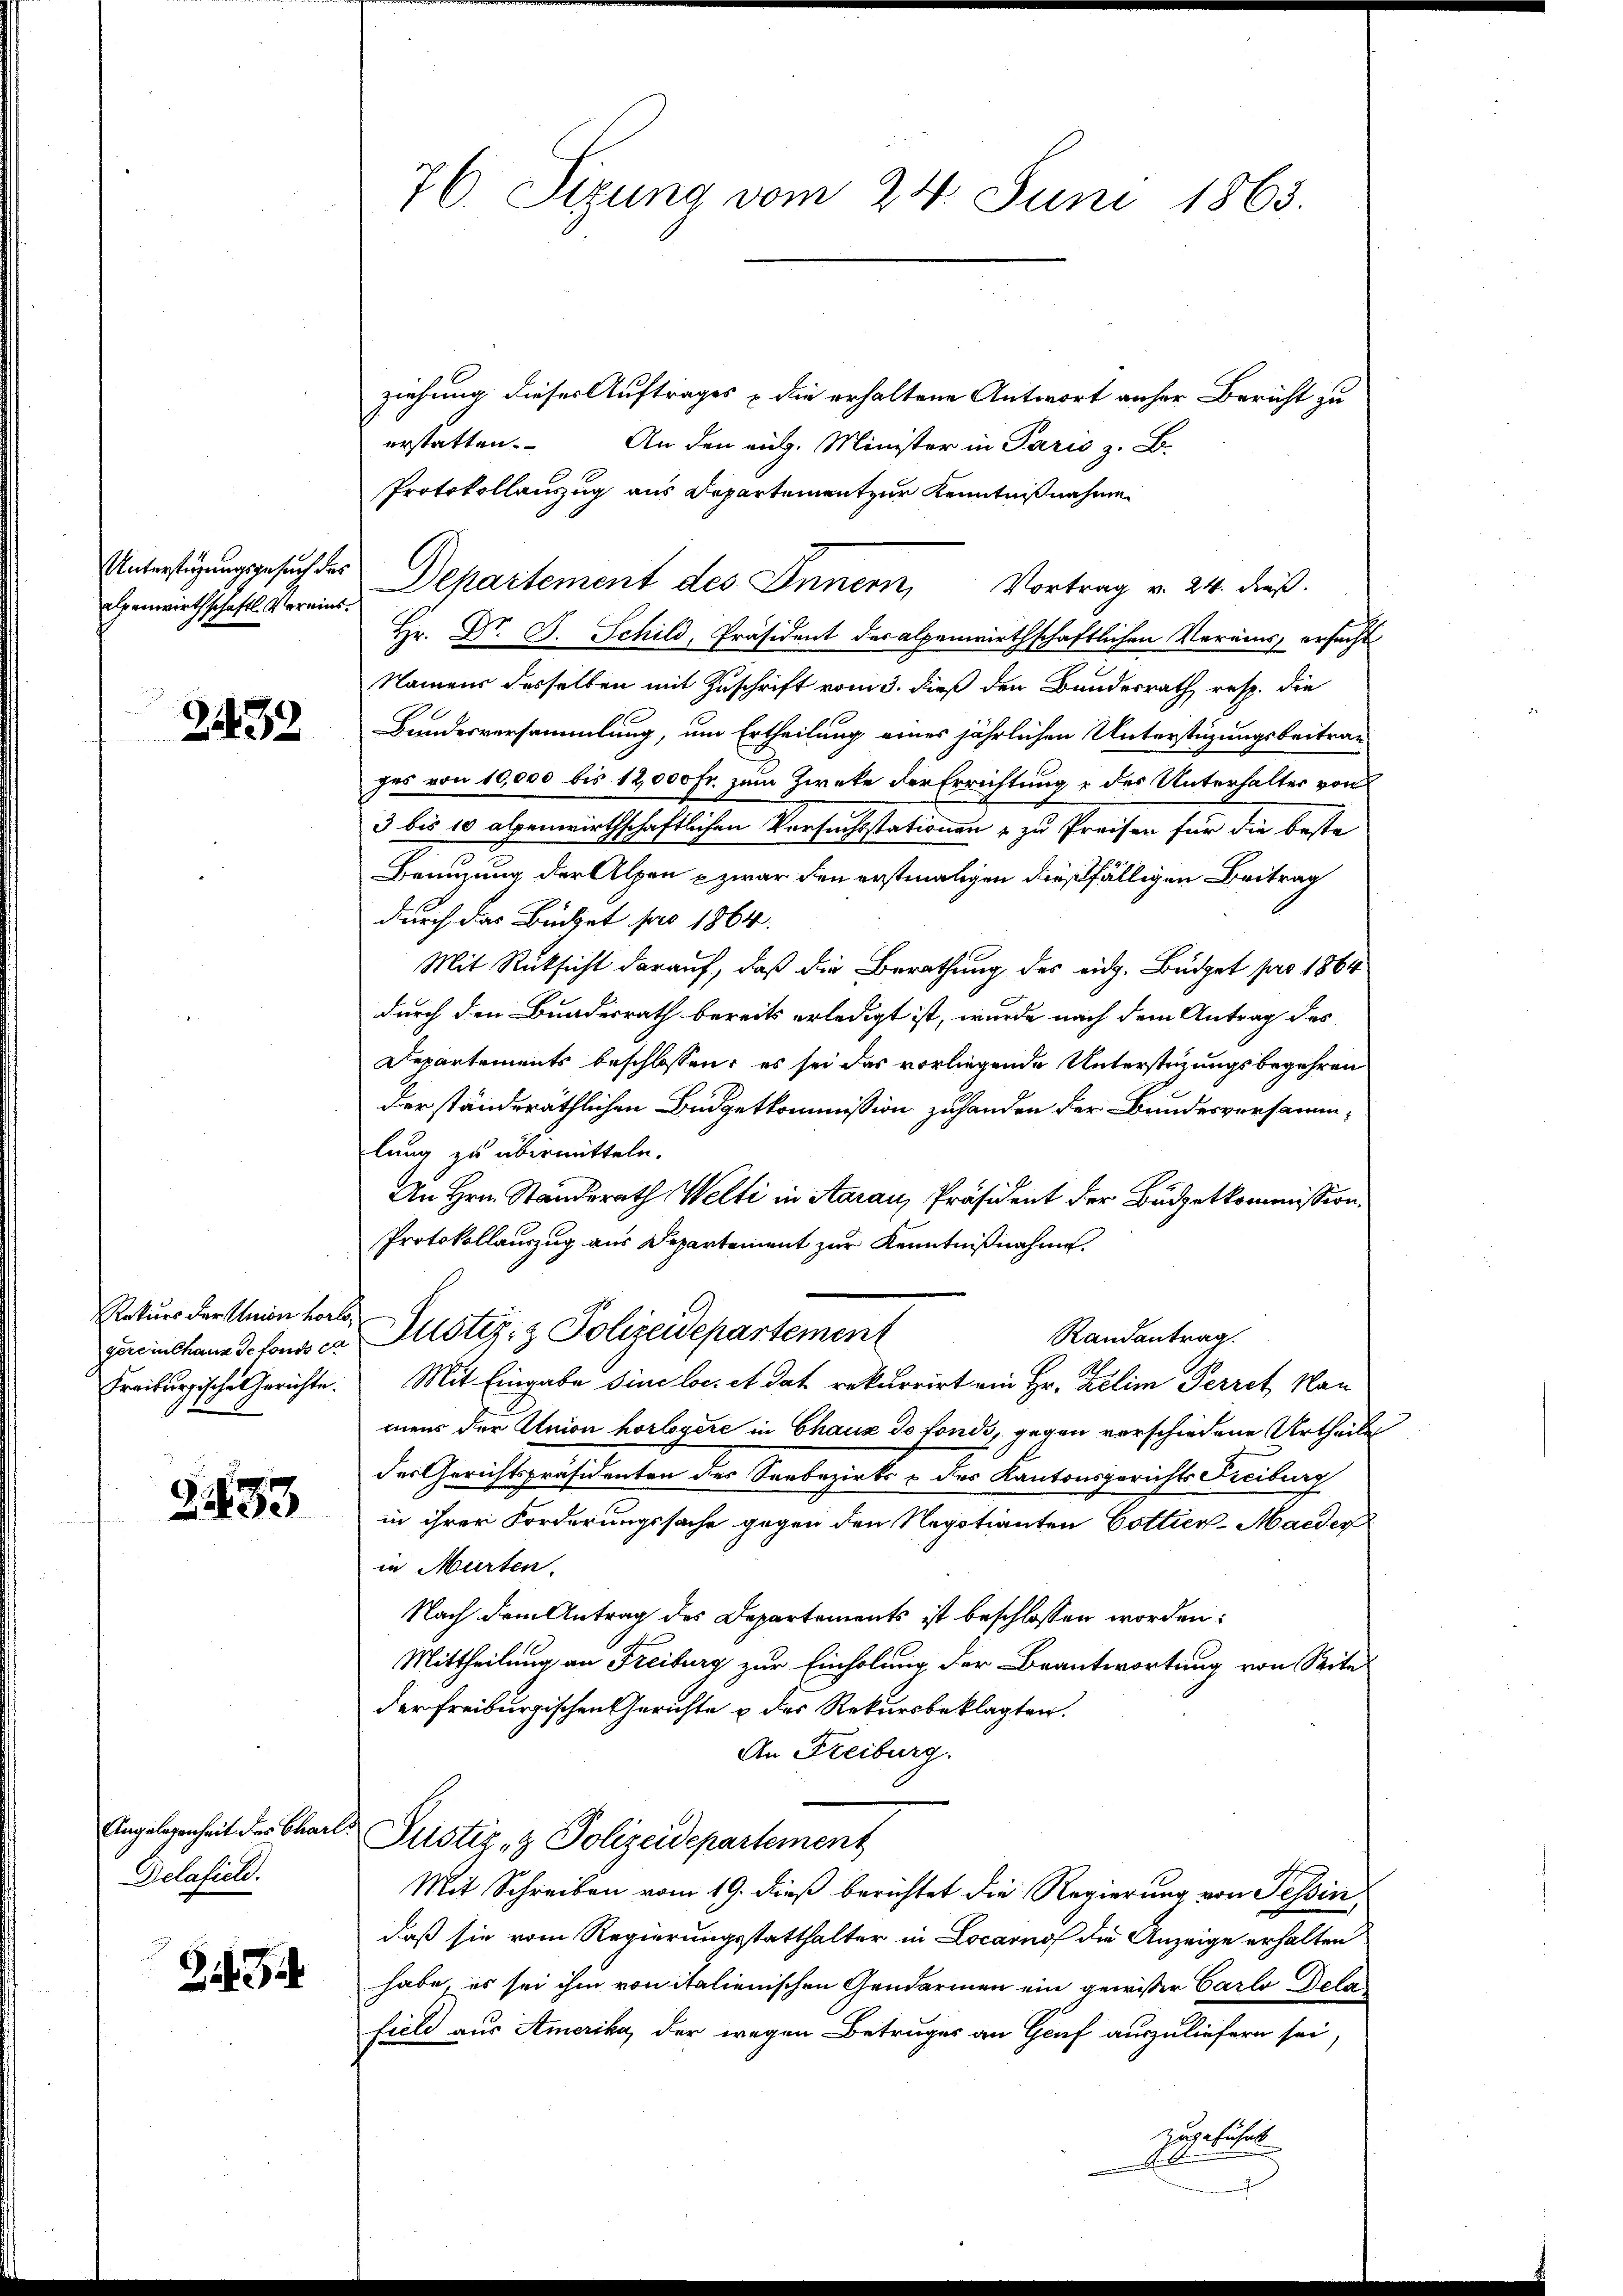
Unterstüzungsgesuch des
epenwirthschaftl. Vereins¬

2432

Rekurs der Union vorlegereinhaus de fonds e
Freiburgische Gerichte.

2433

Angelegenheit des Chart
Delafiel.

3

76. Sitzung vom 24. Juni 1863.

ziehung dieses Auftrages die erhaltene Antwort anher Bericht zu
erstatten. An den eidg. Minister in Paris z. B.
Protokollanzug aus Departement zur Kenntnißnahmen
Departement des Innern, Vortrag v. 24. dieß.
Hr. Dr. B. Schild, Präsident des alpenwirthschaftlichen Vereins ersucht
Namens desselben mit Zuschrift vom 3. dieß den Bundesrath resp. die
Bundesversammlung, um Ertheilung eines jährlichen Unterstüzungsbeitrag
ges von 10,000 bis 12,000 Fr. zum Zieke der Errichtung & des Unterhalter von
3 bis 10 abenwirthschaftlichen Versuchsstationen & zu Preisen für die beste
Benuzung der Alpen & zwar den erstmaligen dießfälligen Beitrag
durch das Büchet pro 1864.
Mit Rücksicht darauf, daß die Berathung des eidg. Büdget pro 1864
durch den Bundesrath bereits erledigt ist, wurde nach dem Antrag des
Departements beschlossen; es sei das vorliegende Unterstüzungsbegehren
der ständeräthlichen Büdgetkommission zuhanden der Bundesversamm
lung zu übermitteln.
An Hrn. Standerath Welti in Aarau, Präsident der Büdgetkommission,
Protokollauszug aus Departement zur Kenntnißnahme.
Justiz- & Polizeidepartement
Randantrag.
Mit Eingabe sine loc. et das rekurrirt ein Hr. Zelim Perret, Nau
mens der Union horloyere in Chaux de fonds, gegen verschiedene Urtheile
des Gerichtspräsidenten des Seebezirks & des Kantonsgerichts Freiburg
in ihrer Forderungssache gegen den Negotianten Cottier-Maeder
in Murten.
Nach dem Antrag des Departements ist beschlossen worden:
Mittheilung an Freiburg zur Einholung der Beantwortung von Seite
der Freiburgischen Gerichte & des Rekursbeklagten.
An Freiburg.
Justiz- & Polizeidepartement
Mit Schreiben vom 19. dieß berichtet die Regierung von Tessin,
daß sie vom Regierungsstatthalter in Locarno die Anzeige erhalten
habe, es sei ihm von italienischen Gendarmen ein gewisser Carlo Delas
field aus Amerika, der wegen Betruges an Genf auszuliefern sei,
zugeführl

x